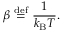
\beta \ { \stackrel { \mathrm { d e f } } { = } } \ { \frac { 1 } { k _ { \mathrm { B } } T } } .